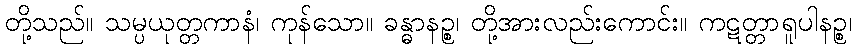
တို့သည်။ သမ္ပယုတ္တကာနံ၊ ကုန်သော။ ခန္ဓာနဉ္စ၊ တို့အားလည်းကောင်း။ ကဋတ္တာရူပါနဉ္စ၊